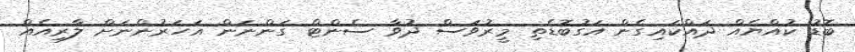
ބޮޑު ކުއްޔެއް ދައްކައިގެން އަގުބޮޑެތި މީރުވަސް ދުވާ ސެންޓް ގަންނަން އަހަރުންނަށް ލާރިއެއް